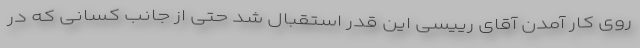
روی کار آمدن آقای رییسی این قدر استقبال شد حتی از جانب کسانی که در